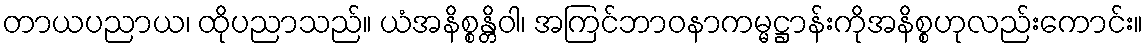
တာယပညာယ၊ ထိုပညာသည်။ ယံအနိစ္စန္တိဝါ၊ အကြင်ဘာဝနာကမ္မဋ္ဌာန်းကိုအနိစ္စဟုလည်းကောင်း။